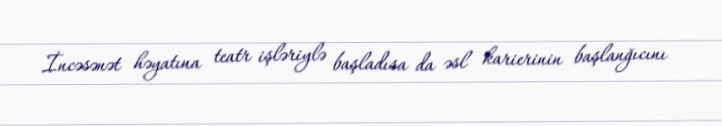
İncəsənət həyatına teatr işləriylə başladısa da əsl karierinin başlanğıcını